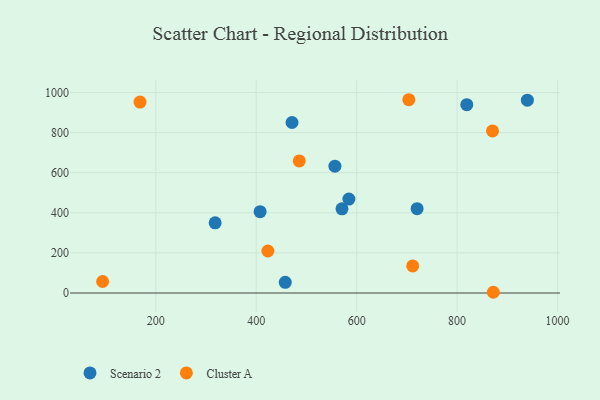
{"axis": {"x": "Ad Spend", "y": "Exam Score"}, "legend": ["Cluster A", "Scenario 2"], "data": [{"x": "471.3", "y": 850.3, "type": "Scenario 2"}, {"x": "940.0", "y": 961.6, "type": "Scenario 2"}, {"x": "819.3", "y": 939.1, "type": "Scenario 2"}, {"x": "720.4", "y": 420.4, "type": "Scenario 2"}, {"x": "407.7", "y": 405.6, "type": "Scenario 2"}, {"x": "457.8", "y": 53.1, "type": "Scenario 2"}, {"x": "318.2", "y": 350.2, "type": "Scenario 2"}, {"x": "570.8", "y": 420.0, "type": "Scenario 2"}, {"x": "556.7", "y": 632.5, "type": "Scenario 2"}, {"x": "584.5", "y": 468.4, "type": "Scenario 2"}, {"x": "485.7", "y": 658.8, "type": "Cluster A"}, {"x": "423.2", "y": 209.5, "type": "Cluster A"}, {"x": "703.9", "y": 963.9, "type": "Cluster A"}, {"x": "870.6", "y": 808.5, "type": "Cluster A"}, {"x": "94.1", "y": 57.4, "type": "Cluster A"}, {"x": "872.2", "y": 3.6, "type": "Cluster A"}, {"x": "168.6", "y": 952.0, "type": "Cluster A"}, {"x": "711.6", "y": 135.1, "type": "Cluster A"}]}